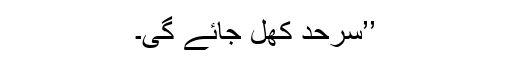
’’سرحد کھل جائے گی۔